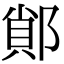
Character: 䣔